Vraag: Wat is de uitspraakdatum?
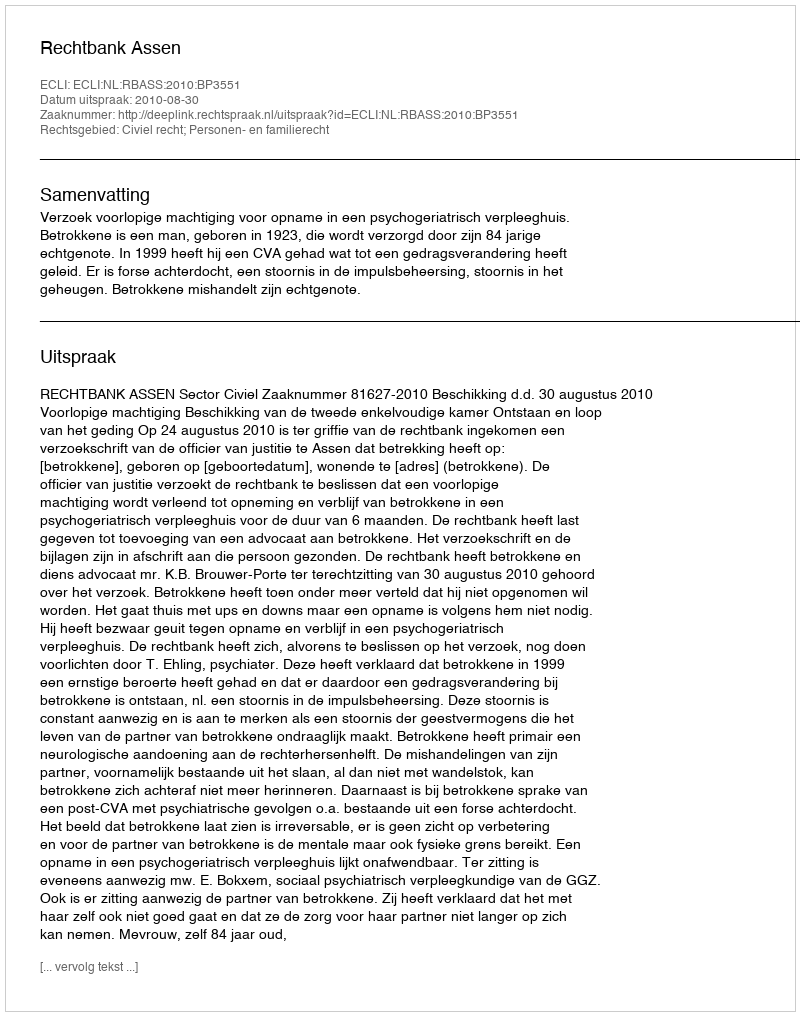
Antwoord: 2010-08-30